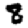
Digit: 8